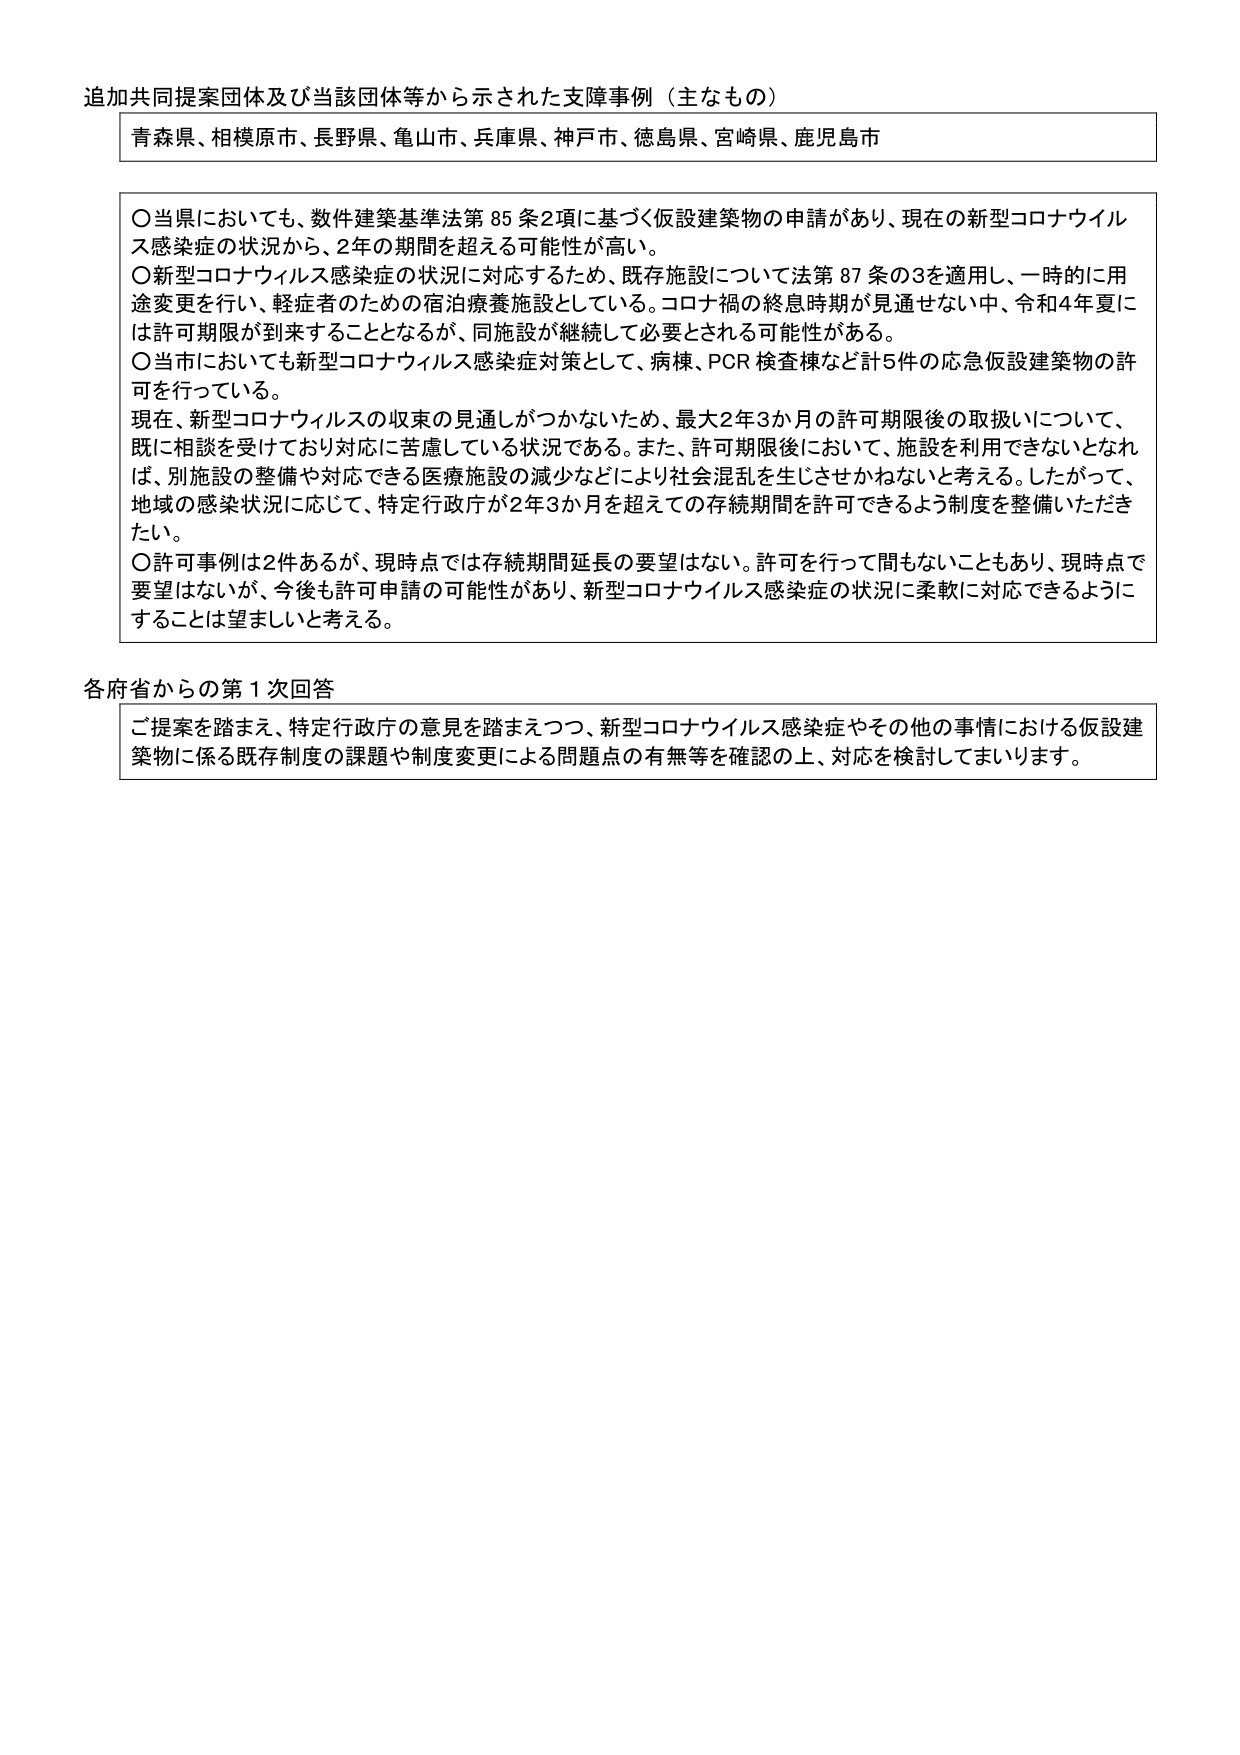
追加共同提案団体及び当該団体等から示された支障事例（主なもの）

青森県、相模原市、長野県、亀山市、兵庫県、神戸市、徳島県、宮崎県、鹿児島市

〇当県においても、数件建築基準法第85条2項に基づく仮設建築物の申請があり、現在の新型コロナウイルス感染症の状況から、2年の期間を超える可能性が高い。
〇新型コロナウイルス感染症の状況に対応するため、既存施設について法第87条の3を適用し、一時的に用途変更を行い、軽症者のための宿泊療養施設としている。コロナ禍の終息時期が見通せない中、令和4年夏には許可期限が到来することとなるが、同施設が継続して必要とされる可能性がある。
〇当市においても新型コロナウイルス感染症対策として、病棟、PCR検査棟など計5件の応急仮設建築物の許可を行っている。
現在、新型コロナウイルスの収束の見通しがつかないため、最大2年3か月の許可期限後の取扱いについて、既に相談を受けており対応に苦慮している状況である。また、許可期限後において、施設を利用できないとなれば、別施設の整備や対応できる医療施設の減少などにより社会混乱を生じさせかねないと考える。したがって、地域の感染状況に応じて、特定行政庁が2年3か月を超えての存続期間を許可できるよう制度を整備いただきたい。
〇許可事例は2件あるが、現時点では存続期間延長の要望はない。許可を行って間もないこともあり、現時点で要望はないが、今後も許可申請の可能性があり、新型コロナウイルス感染症の状況に柔軟に対応できるようにすることは望ましいと考える。

各府省からの第1次回答

ご提案を踏まえ、特定行政庁の意見を踏まえつつ、新型コロナウイルス感染症やその他の事情における仮設建築物に係る既存制度の課題や制度変更による問題点の有無等を確認の上、対応を検討してまいります。